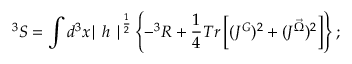
^ 3 S = \int d ^ { 3 } x { \mid h \mid } ^ { \frac { 1 } { 2 } } \left\{ - ^ { 3 } R + \frac { 1 } { 4 } T r \left[ ( J ^ { G } ) ^ { 2 } + ( J ^ { \vec { \Omega } } ) ^ { 2 } \right] \right\} ;